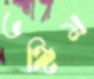
ভঙ্গিম